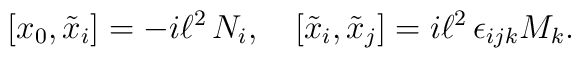
[x_0, \tilde{x}_i] = - i\ell^2 \, N_i, \quad [\tilde{x}_i, \tilde{x}_j] =  i\ell^2 \,\epsilon_{ijk} M_k.